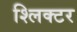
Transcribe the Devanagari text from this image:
श्लिक्टर